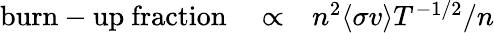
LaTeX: \begin{array}{lll}{{\mathrm{burn-up~fraction~}}}&{\propto}&{n^{2}\langle\sigma v\rangle T^{-1/2}/n}\end{array}